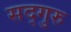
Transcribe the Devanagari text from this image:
सद्‍गुरु